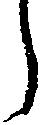
う